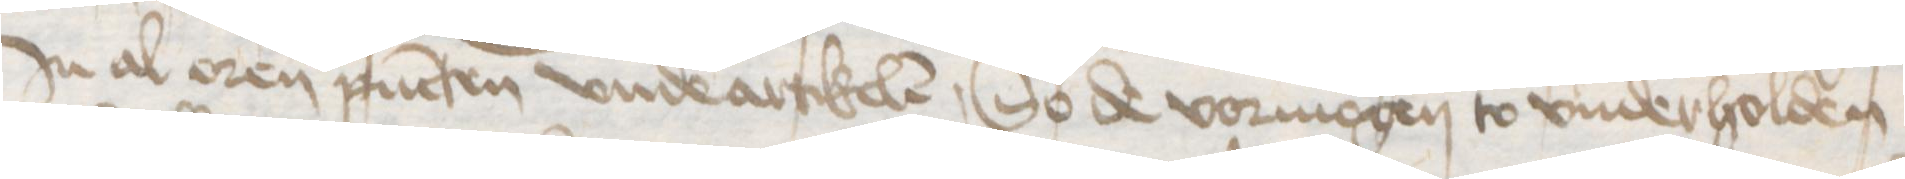
Jn al oren pucten vnde artikelen, So de vormogen to vnderholden